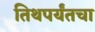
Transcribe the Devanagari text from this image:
तिथपर्यंतचा